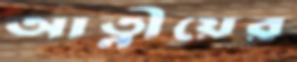
আত্নীয়ের